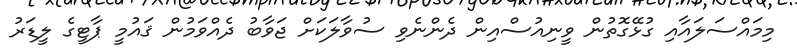
މިމައްސަލައާއި ގުޅޭގޮތުން ވީނިއުސްއިން ދެންނެވި ސުވާލަކަށް ޖަވާބު ދެއްވަމުން ޤައުމީ ޕާޓީގެ ލީޑަރު